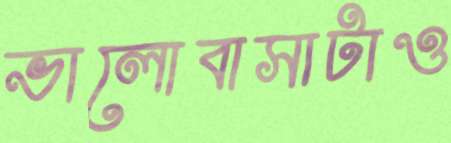
ভালোবাসাটাও